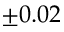
\pm 0 . 0 2